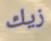
زيك